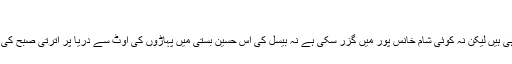
آئی بی سی اردو
گرمیاں گزرتی جا رہی ہیں لیکن نہ کوئی شام خانس پور میں گزر سکی ہے نہ بیسل کی اس حسین بستی میں پہاڑوں کی اوٹ سے دریا پر اترتی صبح کی زیارت ہو پائی ہے ۔